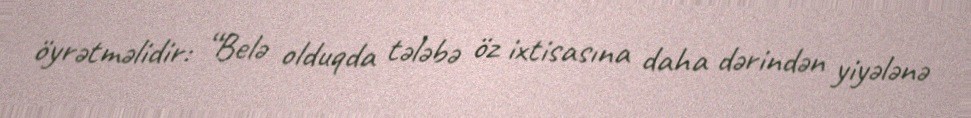
öyrətməlidir: “Belə olduqda tələbə öz ixtisasına daha dərindən yiyələnə